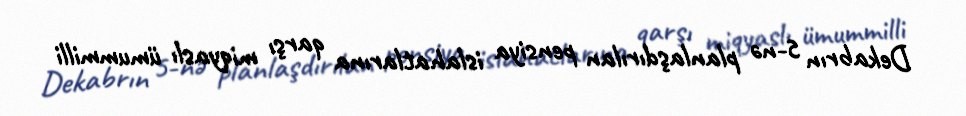
Dekabrın 5-nə planlaşdırılan pensiya islahatlarına qarşı miqyaslı ümummilli